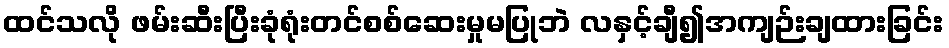
ထင်သလို ဖမ်းဆီးပြီးခုံရုံးတင်စစ်ဆေးမှုမပြုဘဲ လနှင့်ချီ၍အကျဉ်းချထားခြင်း